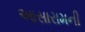
આસારામની